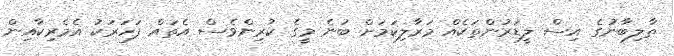
ތާލިބާނުގެ އިސް ލީޑަރުންތަކެއް މަރާލިކަމަށް ބުނެ މީގެ ކުރިންވެސް އެތައް ފަހަރަކު އެމެރިކާއިން